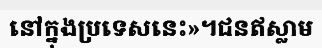
នៅក្នុងប្រទេសនេះ»។ជនឥស្លាម